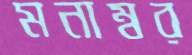
মনাম্বর